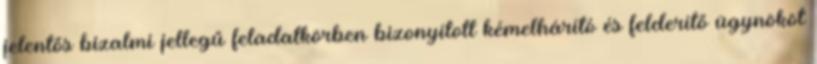
jelentős bizalmi jellegű feladatkörben bizonyított kémelhárító és felderítő ügynököt